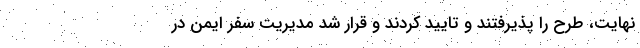
نهایت، طرح را پذیرفتند و تایید کردند و قرار شد مدیریت سفر ایمن در